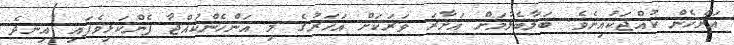
އަންހެން ކުއްޖަކުއިނެވެ. ބަލާބެލުމަށް އަށާރަ ވަރަކަށް އަހަރުގެ މި އަންހެންކުއްޖާ ފެންކަޅިވެފައި އިނދެ